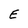
Character: E